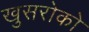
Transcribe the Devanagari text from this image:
खुसरोको